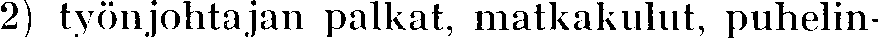
2) työnjohtajan palkat, matkakulut, puhelin-